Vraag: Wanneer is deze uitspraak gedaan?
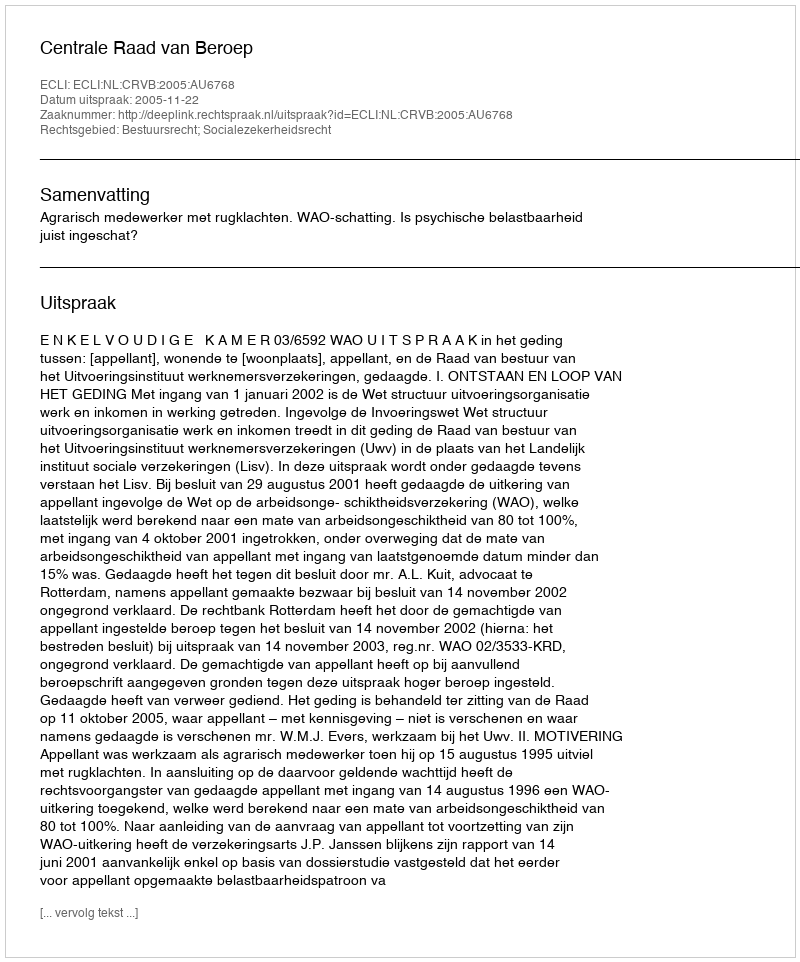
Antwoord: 2005-11-22